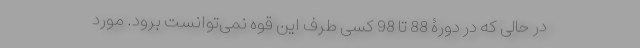
در حالی که در دورۀ 88 تا 98 کسی طرف این قوه نمی‌توانست برود. مورد